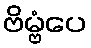
ဗိမ္ဗံပေ